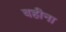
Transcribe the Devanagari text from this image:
वहीना